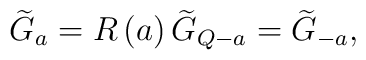
\widetilde{G}_{a}=R\left( a\right) \widetilde{G}_{Q-a}=\widetilde{G}_{-a},